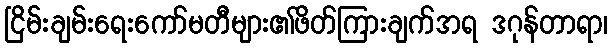
ငြိမ်းချမ်းရေးကော်မတီများ၏ဖိတ်ကြားချက်အရ ဒဂုန်တာရာ၊